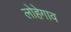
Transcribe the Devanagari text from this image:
लोहेगाव